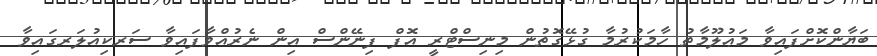
ބަޔާންކޮށްފައިވާ މަޢުލޫމާތު ހާމަކުރުމާ ގުޅޭގޮތުން މިނިސްޓްރީ އޮފް ފިނޭންސް އިން ނެރުއްވާފައިވާ ސަރކިއުލަރގައިވާ